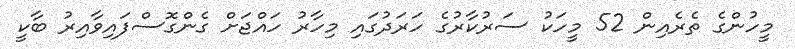
މީހުންގެ ތެރެއިން 52 މީހަކު ސަރުކާރުގެ ހަރަދުގައި މިހާރު ހައްޖަށް ގެންގޮސްފައިވާއިރު ބާކީ